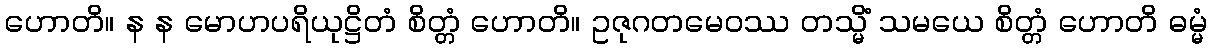
ဟောတိ။ န န မောဟပရိယုဋ္ဌိတံ စိတ္တံ ဟောတိ။ ဥဇုဂတမေဝဿ တသ္မိံ သမယေ စိတ္တံ ဟောတိ ဓမ္မံ